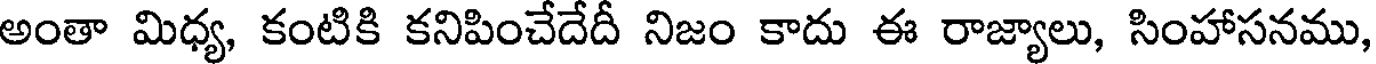
అంతా మిధ్య, కంటికి కనిపించేదేదీ నిజం కాదు ఈ రాజ్యాలు, సింహాసనము,